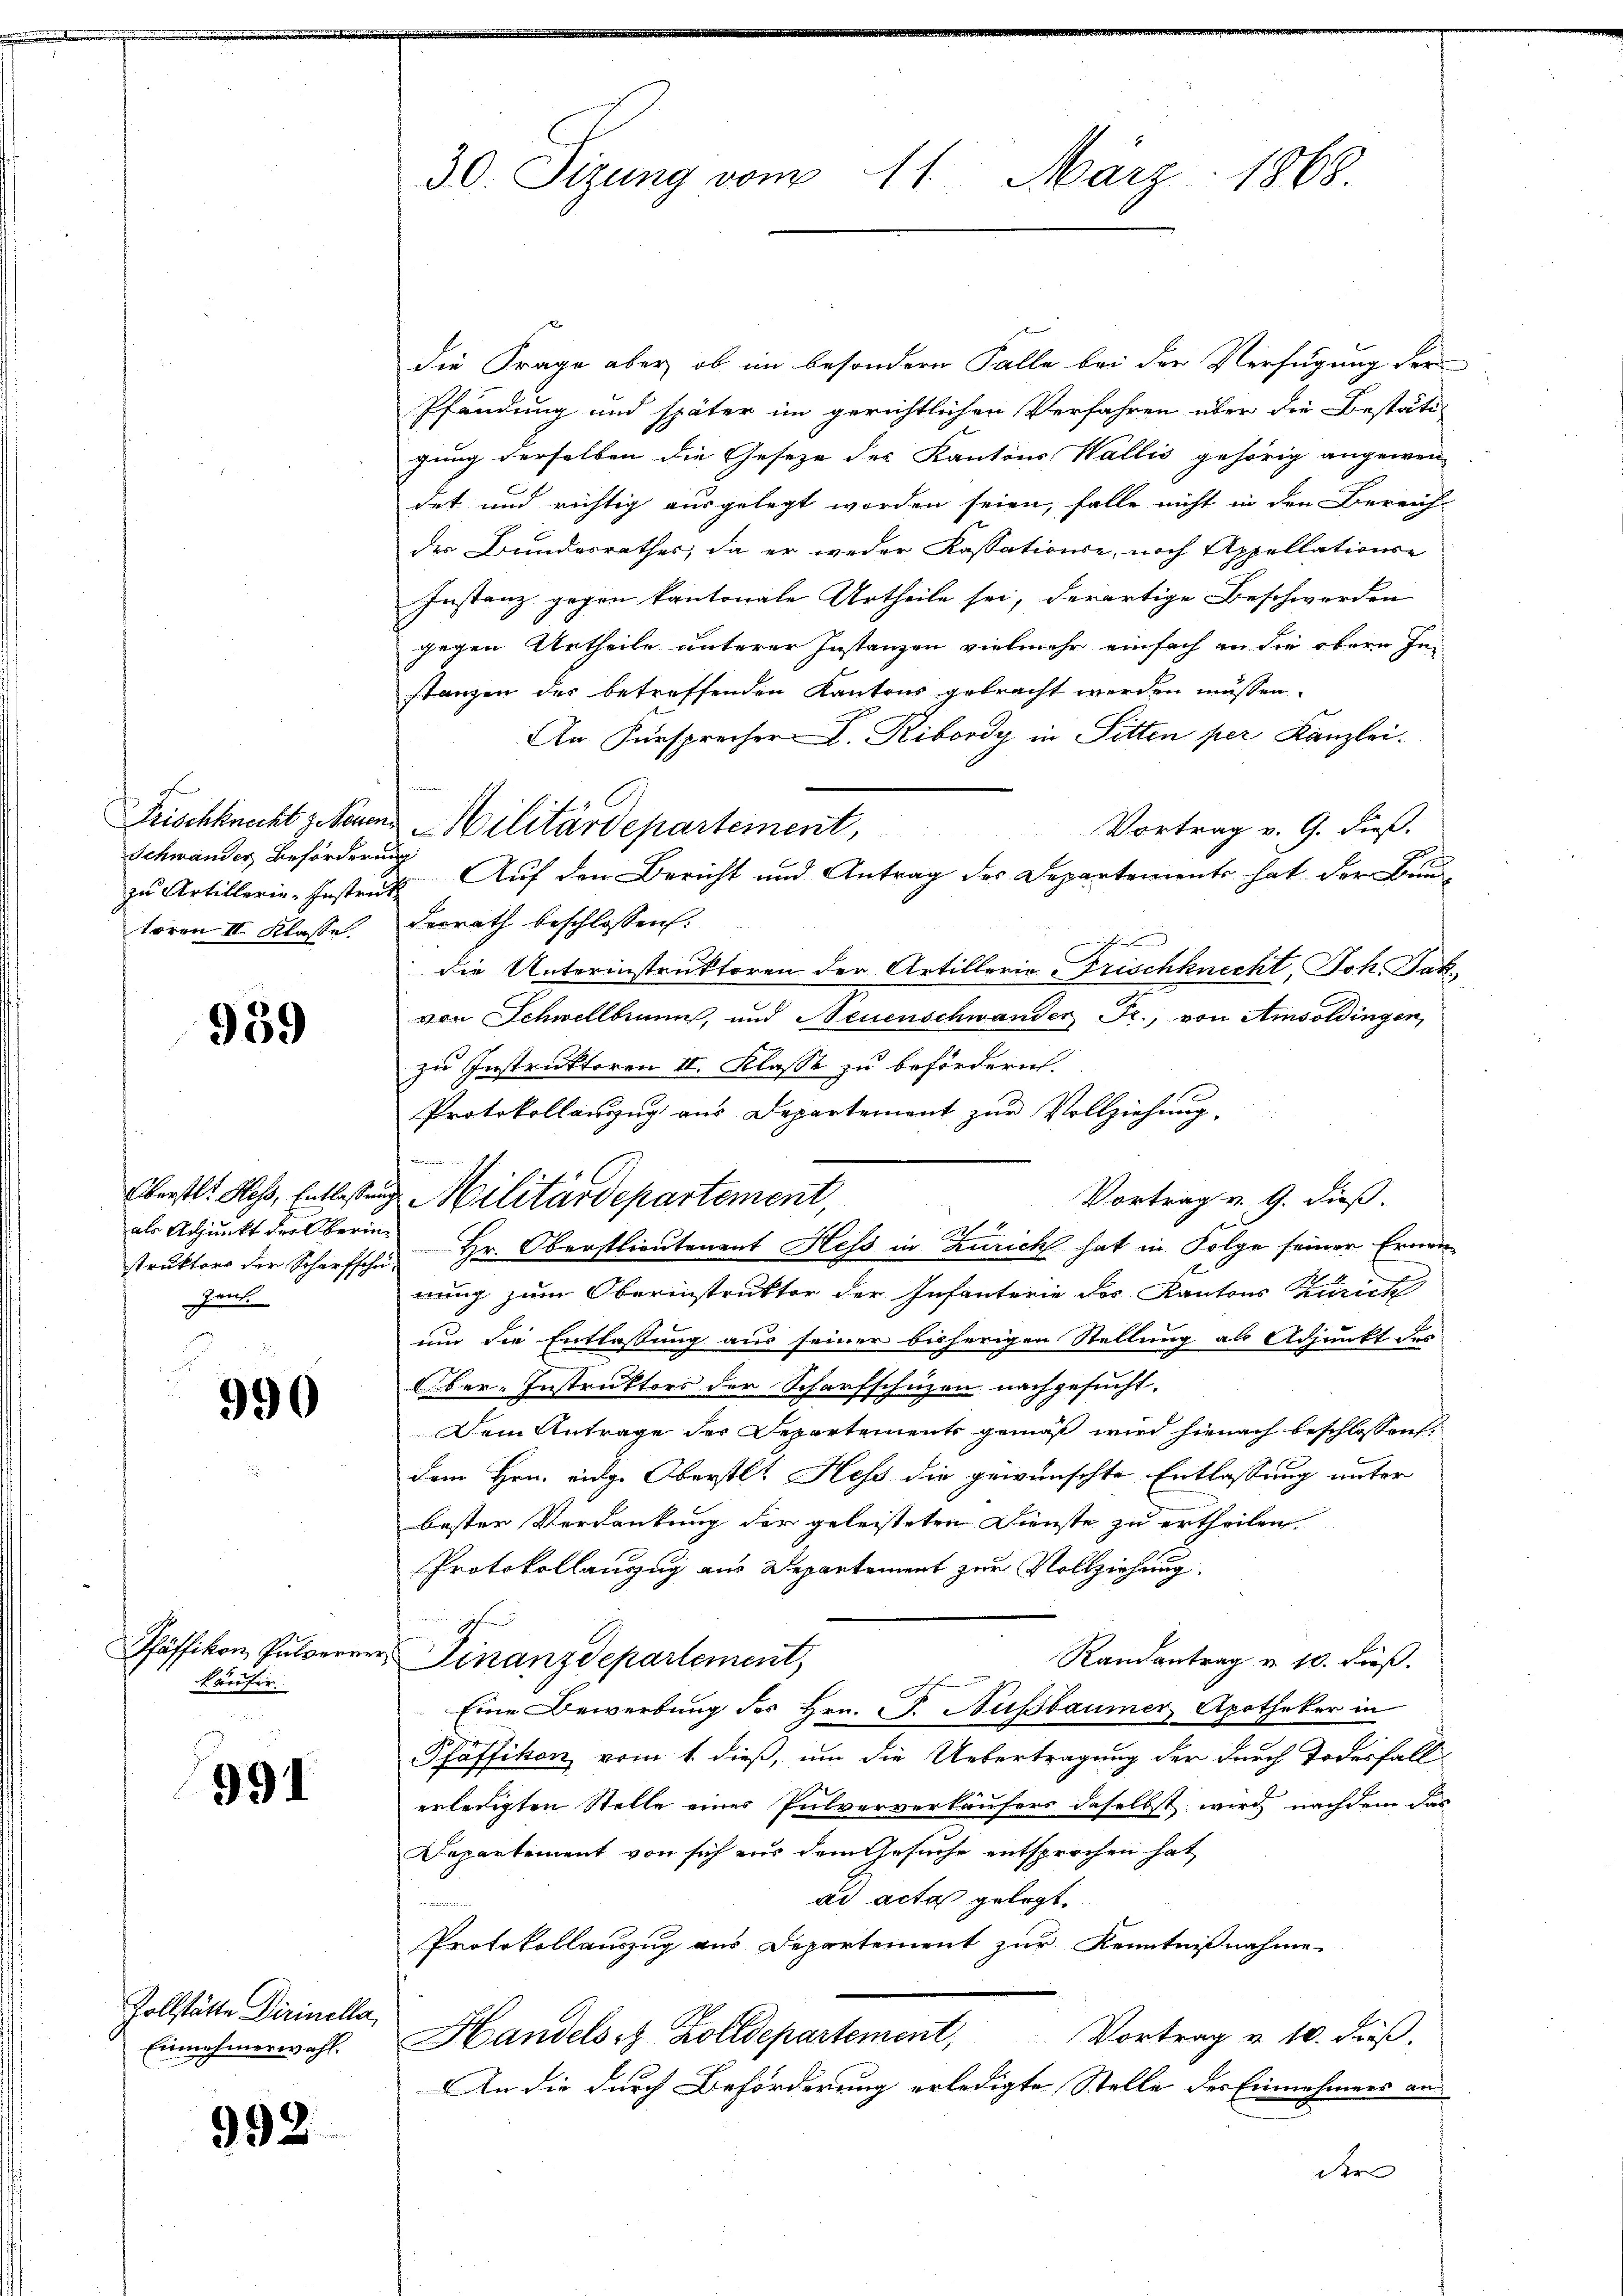
Schwander Beförderung

959

struktors der Scharfschu¬
Zent

990

käufer.

991

Zollstätte Dirinella,
Einnehmerwahl.

992

die Frage aber, ob im besondern Falle bei der Verfügung der
Pfändung und später im gerichtlichen Verfahren über die Bestäti-
gung derselben die Geseze des Kantons Wallis gehörig angewen
det und richtig ausgelegt worden seien, falle nicht in den Bereich-
der Bunderrathes, da er weder Kassationse, nach Appellations-
Instanz gegen kantonale Urtheile sei, derartige Beschwerden
gegen Urtheile unterer Instanzen vielmehr einfach an die obern sei
stanzen des betreffenden Kantons gebracht werden müssen.
An Fürsprecher I. Ribordy in Pitten per Kanzlei.
Vortrag v. G. dieß.
7
toren II. Klasse. Ferrath beschlossen.
die Unterinstruktoren der Artillerie rischknecht, Joh. Jak.
von Schwellbrunn, und Neuenschwander Fr., von Amsoldingen,
zu Instruktoren II. Klasse zu befördern.
Protokollanzug aus Departement zur Vollziehung.

Vortrag v. 9. dieß.
als Adjunkt der Oberin Hr. Oberstlieutenant Hess in Zürich hat in Folge seiner Ernenrung zum Oberinstrukter der Infanterie des Kantons Zürich
um die Entlassung aus seiner bisherigen Stellung als Adjunkt des
Ober-Instruktors der Scharfschuzen nachgesucht.
Dem Antrage der Departements gemäß wird hienach beschlossen.
dem Hrn. eidge Oberstl. Hess die gewünschte Entlassung unter
bester Verdankung der geleisteten Dienste zu ertheilen.
Protokollanzug aus Departement zur Vollziehung.
Pfäffikon, Pulverer Finanzdepartement,
Randantrag u. 10. Fuß.
Eine Bewerbung des Hrn. F. Aussbaumer, Apotheker in
Pfäffikon vom 1. dieß, um die Uebertragung der durch Todesfall
erledigten Stelle einer Pulververkäufers daselbst wird nachdem das
Departement von sich aus dem Gesuche entsprochen hat,
ad acta gelegt.
Protokollauszug aus Departement zur Kenntnißnahme
Handelst Zolldepartement, Vortrag u. 10. dieβ.
An die durch Beförderung erledigte Stelle des Einnehmers an
der |

30. Sizung vom 11. März 1868.

Frischknecht gekann. Militärdepartement,

Oberstl. Heß, Entlastung Militärdepartement,

zu Artillerie-Instrat Auf den Bericht und Antrag des Departements hat der Bau¬

u